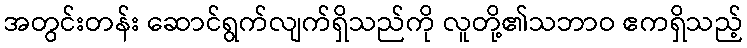
အတွင်းတန်း ဆောင်ရွက်လျက်ရှိသည်ကို လူတို့၏သဘာဝ ဧကရှိသည့်